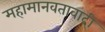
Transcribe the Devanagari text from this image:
महामानवतावादी